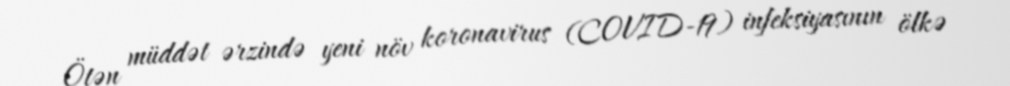
Ötən müddət ərzində yeni növ koronavirus (COVID-19) infeksiyasının ölkə